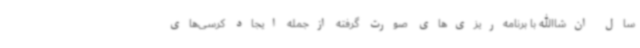
سال ان‌شاالله با برنامه‌ریزی‌های صورت گرفته ازجمله ایجاد کرسی‌های